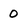
Character: 0